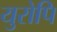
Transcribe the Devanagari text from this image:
युरोपि